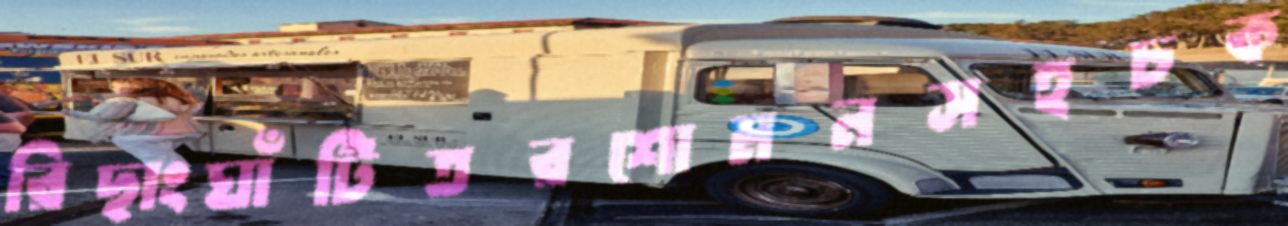
রিছাংঘাঁটিতরশোমনসহচক